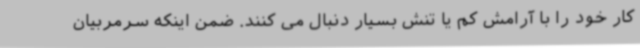
کار خود را با آرامش کم یا تنش بسیار دنبال می کنند. ضمن اینکه سرمربیان